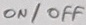
Text: ON/OFF